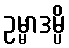
ဥမ္မာဒမ္ပိ